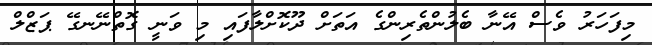
މިފަހަރު ވެސް އޭނާ ބެލުންތެރިންގެ އަތަށް ދޫކޮށްލާފައި މި ވަނީ ގޮތްނޭނގޭ ޕަޒްލް